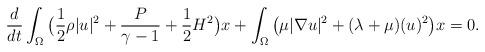
LaTeX: \begin{align*}\frac{d}{dt}\int_{\Omega} \big(\frac{1}{2}\rho |u|^2+\frac{P}{\gamma-1}+\frac{1}{2}H^2\big) x+\int_{\Omega} \big(\mu |\nabla u|^2+(\lambda+\mu)(u)^2\big)x=0.\end{align*}